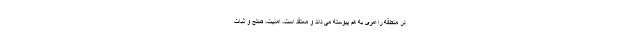
در منطقه را امری به هم پیوسته می داند و معتقد است، امنیت، صلح و ثبات